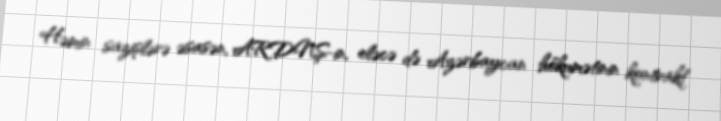
Həmin sazişlərə əsasən, ARDNŞ-in, eləcə də Azərbaycan hökumətinin kontrakt